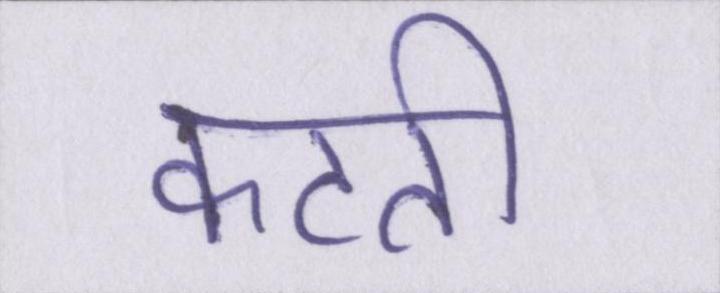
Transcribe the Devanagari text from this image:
कटती